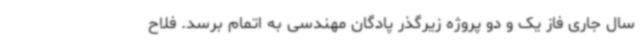
سال جاری فاز یک و دو پروژه زیرگذر پادگان مهندسی به اتمام برسد. فلاح